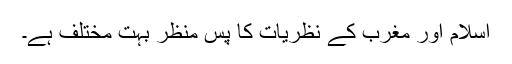
اسلام اور مغرب کے نظریات کا پس منظر بہت مختلف ہے۔